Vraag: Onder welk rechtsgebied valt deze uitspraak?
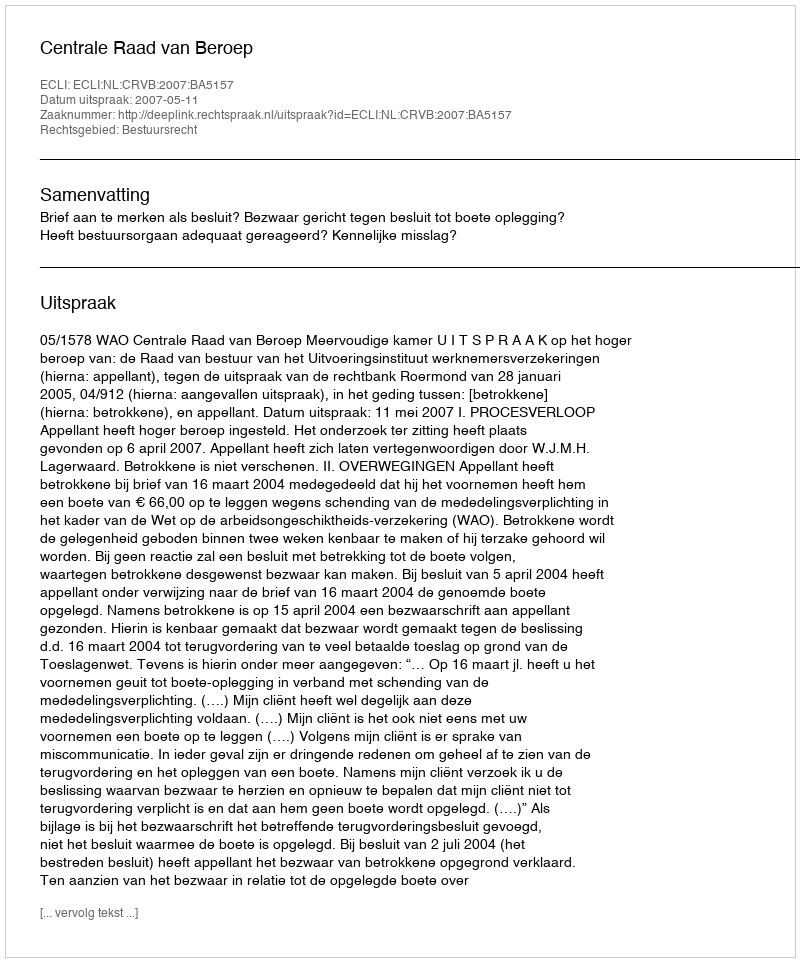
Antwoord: Bestuursrecht